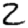
Digit: 2